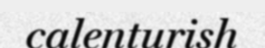
calenturish